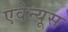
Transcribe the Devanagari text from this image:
एवेन्यूस